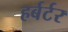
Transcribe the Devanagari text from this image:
हर्बर्टर